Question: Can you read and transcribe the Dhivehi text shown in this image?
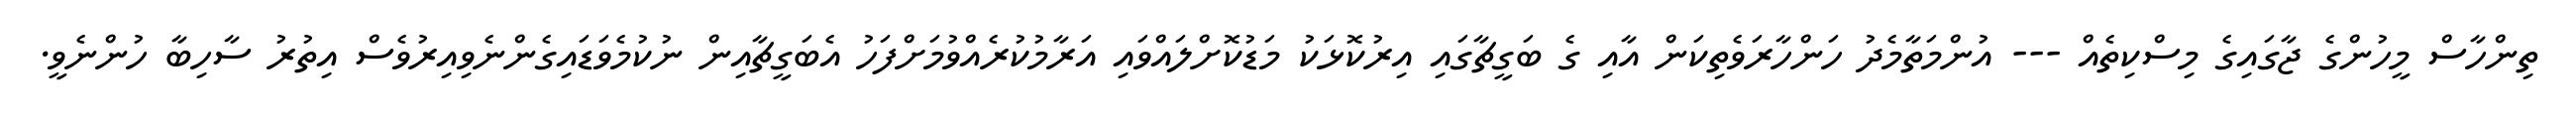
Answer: ތިންހާސް މީހުންގެ ޖާގައިގެ މިސްކިތެއް --- އުންމަތާމެދު ހަންހާރަވެތިކަން އާއި ގެ ބަގީޗާގައި އިރުކޮޅަކު މަޑުކޮށްލައްވައި އަރާމުކުރެއްވުމަށްފަހު އެބަގީޗާއިން ނުކުމެވަޑައިގެންނެވިއިރުވެސް އިތުރު ސާހިބާ ހުންނެވީ.